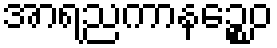
အာရညကာနဉ္စေဝ